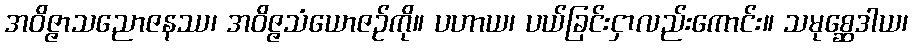
အဝိဇ္ဇာသညောဇနဿ၊ အဝိဇ္ဇသံယောဇဉ်ကို။ ပဟာယ၊ ပယ်ခြင်းငှာလည်းကောင်း။ သမုစ္ဆေဒါယ၊